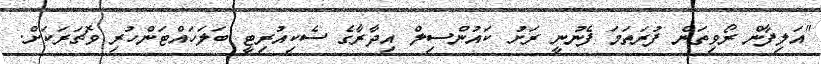
"އަލިފާން ރޯވިތަން ފުރަތަމަ ފެނުނީ ރަށު ކައުންސިލް އިދާރާގެ ސެކިއުރިޓީ ބަލަހައްޓަންހުރި ވޮޗަރަކަށް.